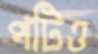
পটিও